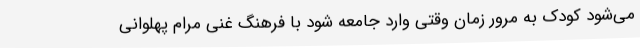
می‌شود کودک به مرور زمان وقتی وارد جامعه شود با فرهنگ غنی مرام پهلوانی